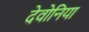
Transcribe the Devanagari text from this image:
देवोनिया